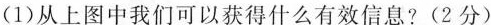
(1)从上图中我们可以获得什么有效信息?(2分)